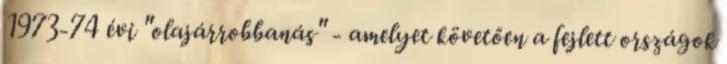
1973-74 évi "olajárrobbanás" - amelyet követően a fejlett országok